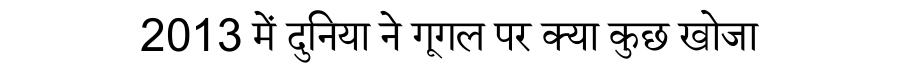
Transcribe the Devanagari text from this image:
2013 में दुनिया ने गूगल पर क्या कुछ खोजा